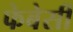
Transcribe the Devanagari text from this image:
फेबेसी